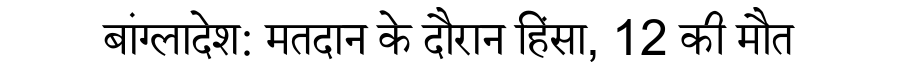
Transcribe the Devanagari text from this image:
बांग्लादेश: मतदान के दौरान हिंसा, 12 की मौत